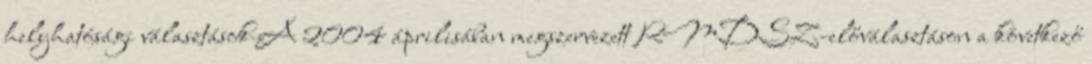
helyhatósági választások A 2004 áprilisában megszervezett RMDSZ-előválasztáson a következő